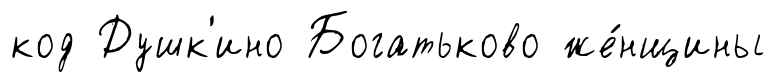
код Душк'ино Богатьково же́нщины